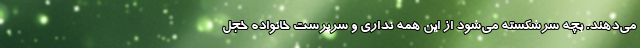
می‌دهند. بچه سرشکسته می‌شود از این همه نداری و سرپرست خانواده خجل